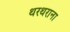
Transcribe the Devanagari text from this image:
थरथराना